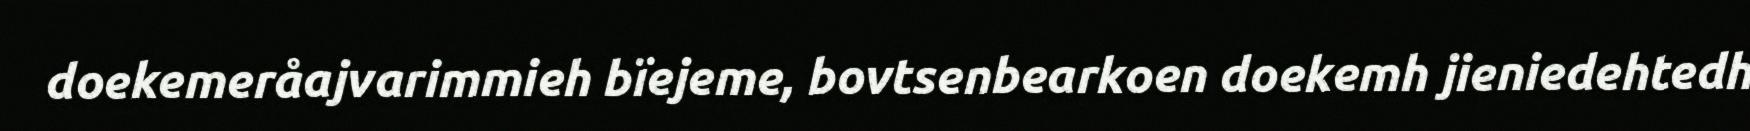
doekemeråajvarimmieh bïejeme, bovtsenbearkoen doekemh jieniedehtedh